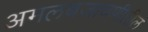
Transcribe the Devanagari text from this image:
अमलबजावणीतील